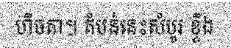
ហិចតា។ តំបន់នេះសំបូរ ខ្ទីង